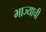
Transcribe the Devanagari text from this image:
भाज्याची